Tezpur Lunatic Asylum reports 1895-1904 - 1895-1904
Year: 1895
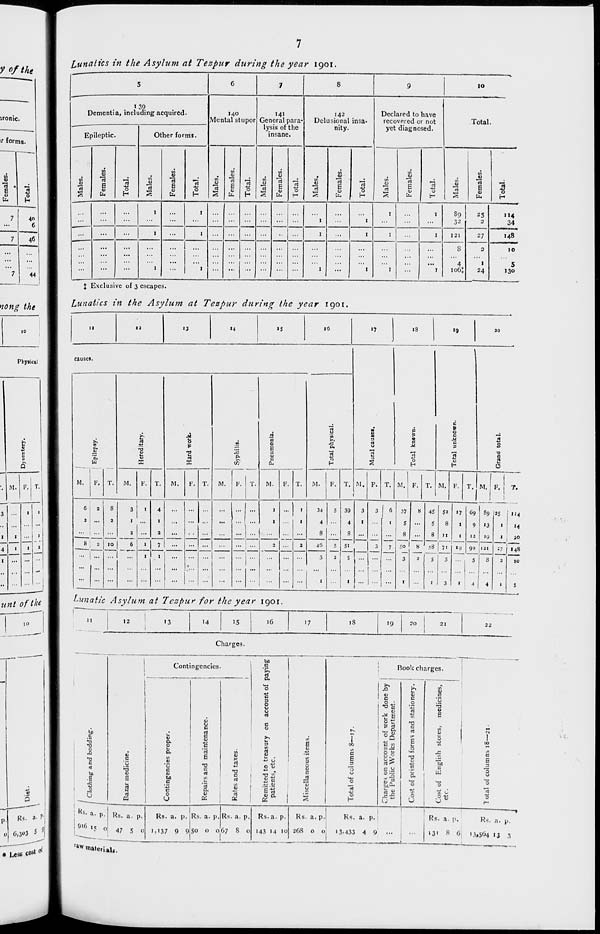
y of the
ironic.
f forms.
in
<u
E
Cl
o
fa
h
rt
40
0
46
7
44
>;<?«^ the
Physical
3
...
1
"
1
tint of the
;o
Lunatics in the Asylum at Tezpur during the year igoi,
"■
"
5
0
7
8
9
IO
—
1 39
Dementia, including acquired •
140
Mental st upor
141
General para-
lysis of the
Del
142
jsional
nity.
in a-
Declared to have
recovered or not
yet diagnosed.
Total
-—
Epileptic.
Other forms.
insane.
in
u
"3
2
n
jo
"(3
a
O)
fa
3
0
H
in
u
"(5
•Si
"c3
E
V
fa
u
s
IS
E
V
fa
3
in
U
s
"n
i)
rt
E
S
fa
"(3
"0
in
U
13
E
<o
fa
13
0
H
in
ju
"rt
E
i>
fa
5
0
JO
E
fa
13
O
H
.
...
...
1
...
I
...
...
...
...
...
...
1
...
1
I
...
1
89
32
25
2
"4
34
...
...
1
...
1
...
...
...
...
•■
...
1
...
1
I
1
121
27
148
...
...
...
...
...
...
...
...
...
...
...
...
...
...
...
...
s
2
10
...
...
...
1
...
I
...
...
...
...
...
1
...
1
I
...
1
4
106J
1
24
5
130
J Exclusive of 3 escapes.
Lunatics in the Asylum at Tezpur during the year igoi.
13
■3
«4
15
16
I?
IS
»9
causes •
-
3
rt
u
"™
i
B
a
a
it
«
0
H
Total unknown.
Epilepsy.
V
X
0
is
•a
<3
x
IS
p.
en
'5
0
E
3
B
0
>.
■S
O.
13
3 0
-0
B
s
0
M.
F. T.
M.
F. T.
M.
F. T.
M.
F. T.
M.
F. T.
M.
F. T. M. F. T. M. F. T. M. F. T. M, F.
1
T.
6
i
a
...
8
1
3
1
6
i
t
1
4
1
a
1
...
.'•..
...
1
1
...
2
34
4
8
s
s
3
39
4
8
5i
5
1
3
1
3
3
...
I«
1
7
37
S
8
3
1
8
...
8
2
4S
5
8
58
S
1
S3
8
11
7i
5
3
»7
1
1
19
69
0
12
90
89
13
19
,2,
8
1 4
1
1
n
1
1
"4
»4
i 30
8j 2 10
...
...
...
...
4b
148
...
...
...
...
...
3
1
1
s
4
10
5
Lunatic Asylum at Tezpur for the year igoi.
12
13
14
>5
16
17
IS
19
20
22
Charges.
Rs. a. p.
Contingencies.
&
c
id
b
a
c
0
0
c
u
a
m
E
u
.X
'C
T3
d
c
C
3
»o
airs
rt
4)
c
Q.
0
<U
rt
O
K
ol
Rs. a. p. iRs. a. p.
M37 9 9 50
u,
c
n)
c
c
3
O
Q
g
c
o
0
E
V
(2
E
a
o
0
P
rt
Rs. a. p.
o 67 8 0
Rs. a. p.
143 14 10
Rs. a. p
268 o
iaw
• Less
materials.
.